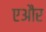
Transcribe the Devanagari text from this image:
एऔर